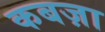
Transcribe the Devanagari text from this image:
कबज़ा